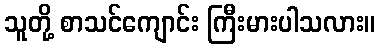
သူတို့ စာသင်ကျောင်း ကြီးမားပါသလား။